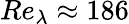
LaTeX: Re_{\lambda}\approx 186